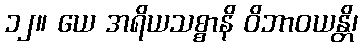
၁၂။ ယေ အရိယသစ္စာနိ ဝိဘာဝယန္တိ၊